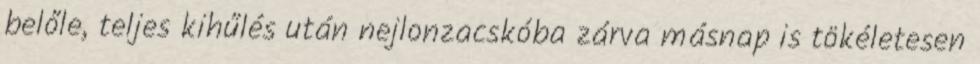
belőle, teljes kihűlés után nejlonzacskóba zárva másnap is tökéletesen